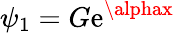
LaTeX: \psi_{1}=G\mathrm{e}^{\alphax}\,